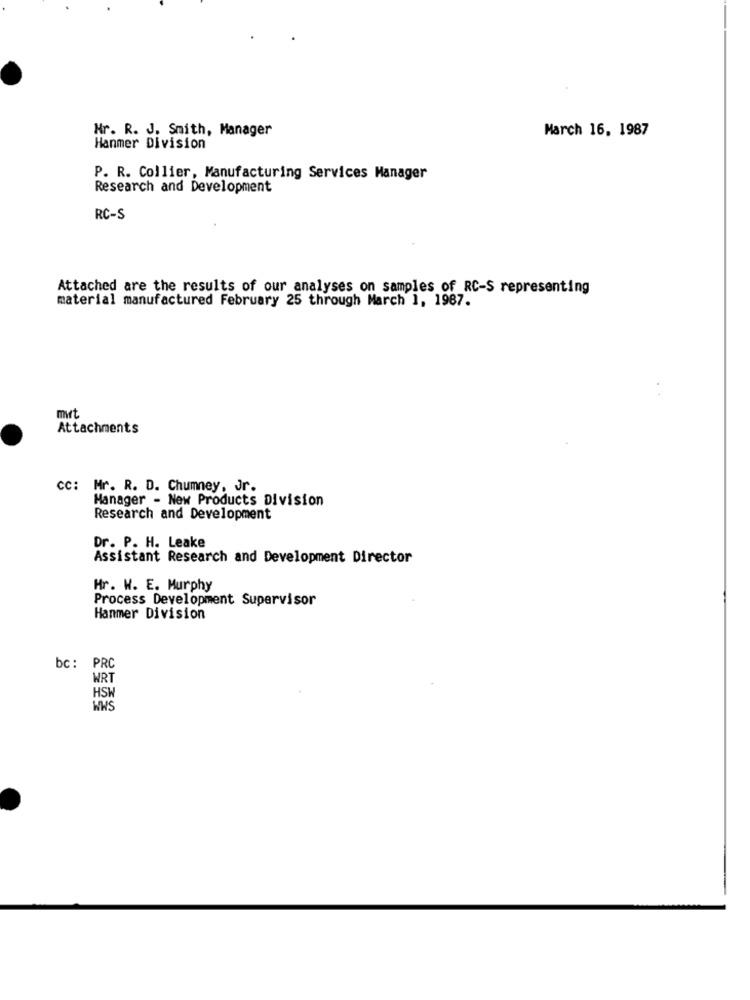
Hr. R. J. Smith, Manager
March 16, 1987
Hanmer Division
P. R. Collier, Manufacturing Services Manager
Research and Development
RC-S
Attached are the results of our analyses on samples of RC-S representing
material manufactured February 25 through March 1, 1987.
mit
Attachments
CC: Mr. R. D. Chumney, Jr.
Manager - New Products Division
Research and Development
Dr. P. H. Leake
Assistant Research and Development Director
Hr. W. E. Murphy
Process Development Supervisor
Hanmer Division
bc: PRC
WRT
HSW
WWS